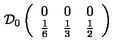
\mathcal { D } _ { 0 } \left( \begin{array} { c c c } { 0 } & { 0 } & { 0 } \\ { \frac { 1 } { 6 } } & { \frac { 1 } { 3 } } & { \frac { 1 } { 2 } } \\ \end{array} \right)